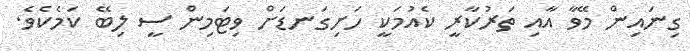
ގިނައިން މޭވާ އާއި ތަރުކާރީ ކެއުމަކީ ހަށިގަނޑަށް ވިޓަމިން ސީ ލިބޭ ކަމެކެވެ.